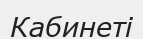
Кабинеті